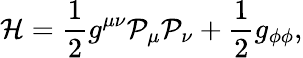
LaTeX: {\cal H}=\frac{1}{2}g^{\mu\nu}{\cal P}_{\mu}{\cal P}_{\nu}+\frac{1}{2}g_{\phi\phi},